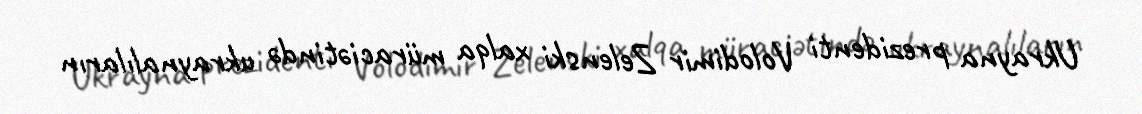
Ukrayna prezidenti Volodimir Zelenski xalqa müraciətində ukraynalıların